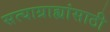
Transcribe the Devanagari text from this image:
सत्याग्राह्यांसाठी